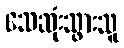
သေဆုံးသွားသူ